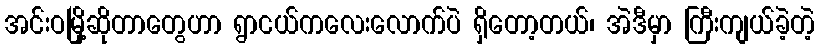
အင်းဝမြို့ဆိုတာတွေဟာ ရွာငယ်ကလေးလောက်ပဲ ရှိတော့တယ်၊ အဲဒီမှာ ကြီးကျယ်ခဲ့တဲ့